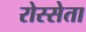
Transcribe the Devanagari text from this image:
रोस्सेता